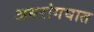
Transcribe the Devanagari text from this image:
अधरांगघात